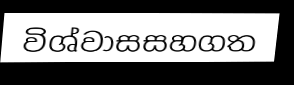
විශ්වාසසහගත